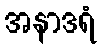
အနာဒရံ